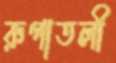
রুপাতলী